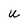
Character: u